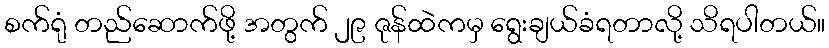
စက်ရုံ တည်ဆောက်ဖို့ အတွက် ၂၉ ဇုန်ထဲကမှ ရွေးချယ်ခံရတာလို့ သိရပါတယ်။